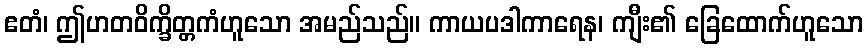
ဧတံ၊ ဤဟတဝိက္ခိတ္တကံဟူသော အမည်သည်။ ကာယပဒါကာရေန၊ ကျီး၏ ခြေထောက်ဟူသော